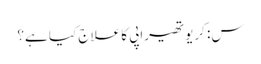
س: کریوتھیراپی کا علاج کیا ہے؟